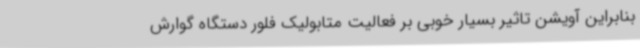
بنابراین آویشن تاثیر بسیار خوبی بر فعالیت متابولیک فلور دستگاه گوارش